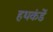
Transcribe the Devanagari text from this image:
हथकंडें